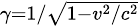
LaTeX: \scriptstyle\gamma=1/{\sqrt{1-{v^{2}}/{c^{2}}}}